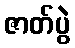
ဇာတ်ပွဲ